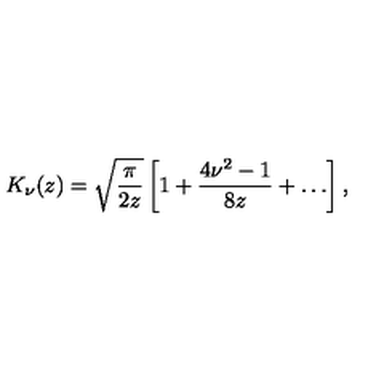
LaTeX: K _ { \nu } ( z ) = \sqrt { \frac { \pi } { 2 z } } \left[ 1 + \frac { 4 \nu ^ { 2 } - 1 } { 8 z } + \ldots \right] ,